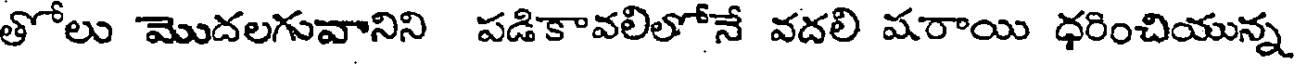
తోలు మొదలగువానిని పడికావలిలోనే వదలి షరాయి ధరించియున్న